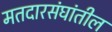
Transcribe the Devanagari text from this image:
मतदारसंघांतील